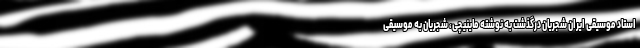
استاد موسیقی ایران شجریان درگذشت به نوشته ماینیچی، شجریان به موسیقی